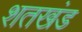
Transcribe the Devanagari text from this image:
शतखंड